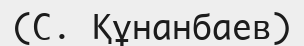
(С. Құнанбаев)